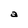
Character: a